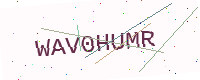
Text: WAV0HUMR